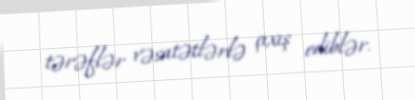
tərəflər vəsatətlərlə çıxış ediblər.